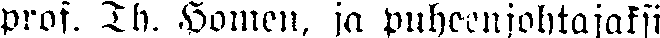
prof. Th. Homen, ja puheenjohtajaksi